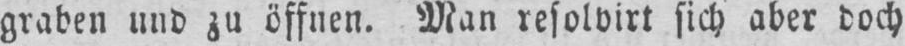
graben und zu öffnen. Man resolvirt sich aber doch